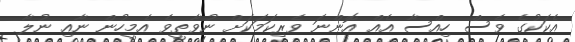
އެކަކުގެ ވެސް ހިއްސާ އެއް އޮންނަ ވެރިކަމަކަށް ނުވާތީވެ އެމީހުން ނާއި ނުލާ